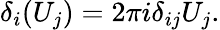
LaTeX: \delta_{i}(U_{j})=2\pi i\delta_{ij}U_{j}.